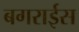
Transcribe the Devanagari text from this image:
बगराईस